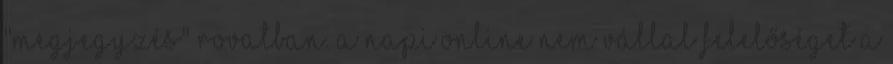
"Megjegyzés" rovatban. A NAPI Online nem vállal felelőséget a